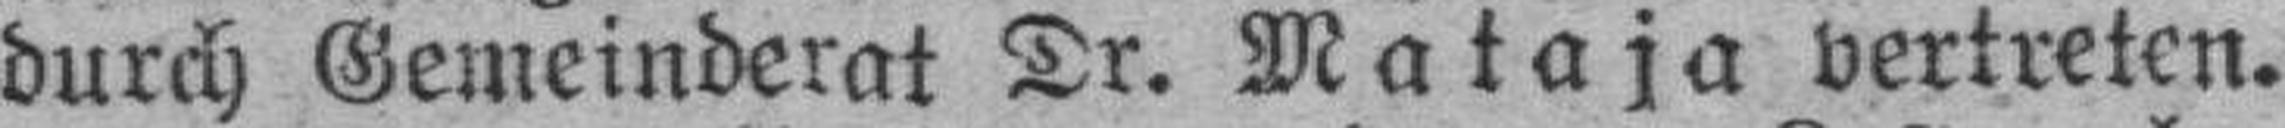
durch Gemeinderat Dr. Mataja vertreten.